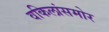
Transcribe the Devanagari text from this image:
वकिलांसमोर